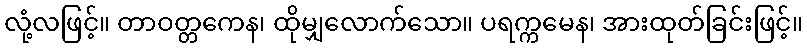
လုံ့လဖြင့်။ တာဝတ္တကေန၊ ထိုမျှလောက်သော။ ပရက္ကမေန၊ အားထုတ်ခြင်းဖြင့်။